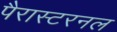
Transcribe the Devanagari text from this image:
पैरास्टरनल